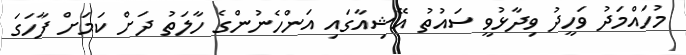
މުހައްމަދު ވަހީދު ވިދާޅުވީ ސައުތު އޭޝިއާގައި އަންހެނުންގެ ހާލަތު ދަށް ކަމަށް ފާހަގަ